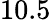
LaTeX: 10.5